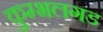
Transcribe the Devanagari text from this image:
कुम्भलगड